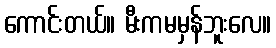
ကောင်းတယ်။ မီးကမမှန်ဘူးလေ။